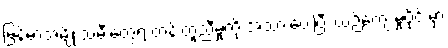
မြန်မာအမျိုးသမီးတွေရဲ့ တန်းတူညီမှုကို အသားပေးပြီး ယဉ်ကျေးမှုပိုင်းမှာ